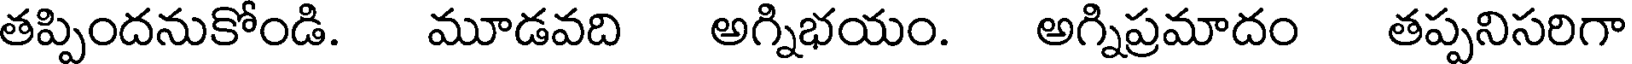
తప్పిందనుకోండి. మూడవది అగ్నిభయం. అగ్నిప్రమాదం తప్పనిసరిగా